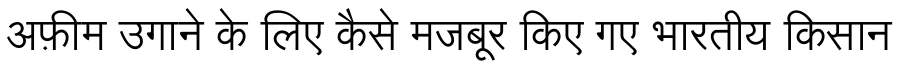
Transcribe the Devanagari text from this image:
अफ़ीम उगाने के लिए कैसे मजबूर किए गए भारतीय किसान